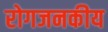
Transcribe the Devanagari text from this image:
रोगजनकीय